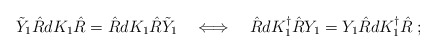
\begin{align*}\tilde{Y}_{1} \hat{R} dK_{1} \hat{R} = \hat{R} dK_{1} \hat{R} \tilde{Y}_{1}\quad \Longleftrightarrow \quad \hat{R} dK^{\dagger}_1 \hat{R} Y_1= Y_1 \hat{R} dK^{\dagger}_1 \hat{R}\;;\end{align*}